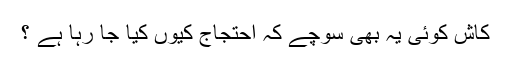
کاش کوئی یہ بھی سوچے کہ احتجاج کیوں کیا جا رہا ہے ؟